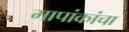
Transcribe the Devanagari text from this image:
मापांकांचा